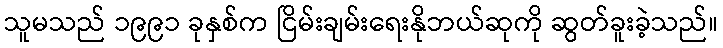
သူမသည် ၁၉၉၁ ခုနှစ်က ငြိမ်းချမ်းရေးနိုဘယ်ဆုကို ဆွတ်ခူးခဲ့သည်။